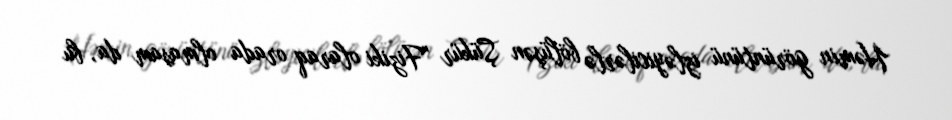
Həmin görüntünü izləyicilərlə bölüşən Şükür "Fiziki olaraq orada olmasam da, bu